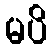
မပိ